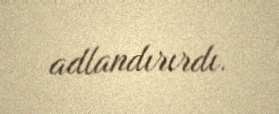
adlandırırdı.